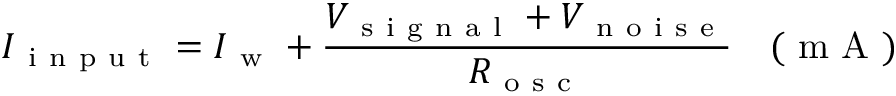
I _ { \mathrm { ~ i ~ n ~ p ~ u ~ t ~ } } = I _ { \mathrm { ~ w ~ } } + \frac { V _ { \mathrm { ~ s ~ i ~ g ~ n ~ a ~ l ~ } } + V _ { \mathrm { ~ n ~ o ~ i ~ s ~ e ~ } } } { R _ { \mathrm { ~ o ~ s ~ c ~ } } } \quad ( \mathrm { ~ m ~ A ~ } )